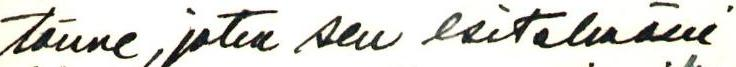
tänne, joten sen esitelmäni